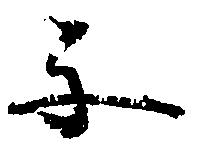
子